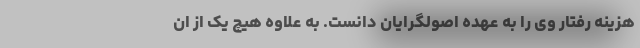
هزینه رفتار وی را به عهده اصولگرایان دانست. به علاوه هیچ یک از ان